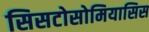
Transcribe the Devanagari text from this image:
सिसटोसोमियासिस